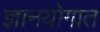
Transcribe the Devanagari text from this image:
ज्ञानयोगात